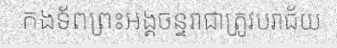
កងទ័ពព្រះអង្គចន្ទរាជាត្រូវបរាជ័យ